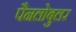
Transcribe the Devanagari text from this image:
पैनलोबुलर